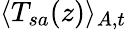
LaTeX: \langle T_{sa}(z)\rangle_{A,t}